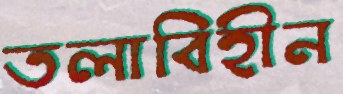
তলাবিহীন